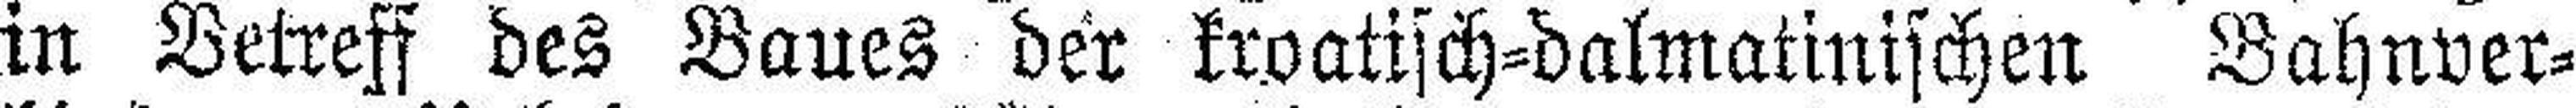
in Betreff des Baues der kroatisch=dalmatinischen Bahnver¬